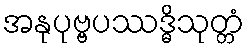
အနုပုဗ္ဗပဿဒ္ဓိသုတ္တံ